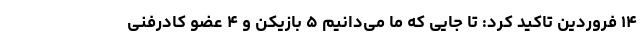
۱۴ فروردین تاکید کرد: تا جایی که ما می‌دانیم ۵ بازیکن و ۴ عضو کادرفنی